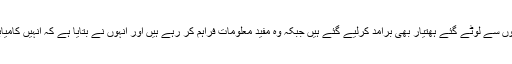
صدر مادورو کے دست راست کابیلو نے بتایا کہ گرفتار فوجیوں سے لوٹے گئے ہھتیار بھی برآمد کرلیے گئے ہیں جبکہ وہ مفید معلومات فراہم کر رہے ہیں اور انہوں نے بتایا ہے کہ انہیں کامیابی کا یقین دلایا گیا تھا لیکن اب لگتا ہے کہ انہیں فریب دیا گیا۔